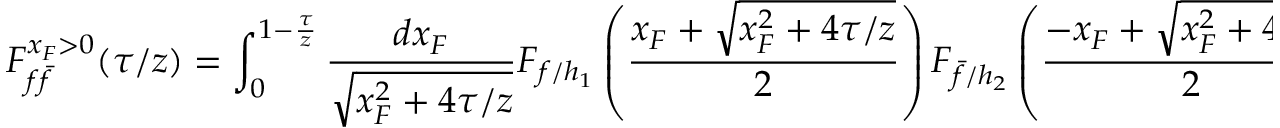
{ \cal F } _ { f \bar { f } } ^ { x _ { F } > 0 } ( \tau / z ) = \int _ { 0 } ^ { 1 - { \frac { \tau } { z } } } { \frac { d x _ { F } } { \sqrt { x _ { F } ^ { 2 } + 4 \tau / z } } } F _ { f / h _ { 1 } } \left( { \frac { x _ { F } + \sqrt { x _ { F } ^ { 2 } + 4 \tau / z } } { 2 } } \right) F _ { \bar { f } / h _ { 2 } } \left( { \frac { - x _ { F } + \sqrt { x _ { F } ^ { 2 } + 4 \tau / z } } { 2 } } \right) .